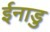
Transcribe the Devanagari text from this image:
ईनाडु